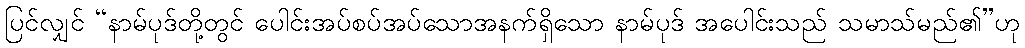
ပြင်လျှင် “နာမ်ပုဒ်တို့တွင် ပေါင်းအပ်စပ်အပ်သောအနက်ရှိသော နာမ်ပုဒ် အပေါင်းသည် သမာသ်မည်၏”ဟု